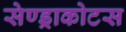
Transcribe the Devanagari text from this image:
सेण्ड्राकोटस